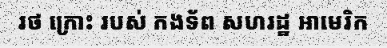
រថ ក្រោះ របស់ កងទ័ព សហរដ្ឋ អាមេរិក